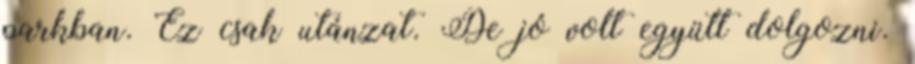
parkban. Ez csak utánzat. De jó volt együtt dolgozni.